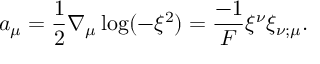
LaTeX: a _ { \mu } = \frac { 1 } { 2 } \nabla _ { \mu } \log ( - \xi ^ { 2 } ) = \frac { - 1 } { F } \xi ^ { \nu } \xi _ { \nu ; \mu } .